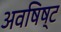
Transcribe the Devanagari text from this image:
अवषिष्ट